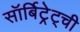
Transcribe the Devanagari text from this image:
सॉर्बिट्रेट्ची